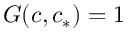
G ( c , c _ { * } ) = 1